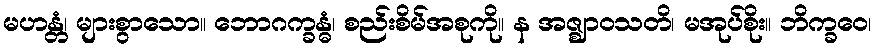
မဟန္တံ၊ များစွာသော။ ဘောဂက္ခန္ဓံ၊ စည်းစိမ်အစုကို။ န အဇ္ဈာဝသတိ၊ မအုပ်စိုး။ ဘိက္ခဝေ၊